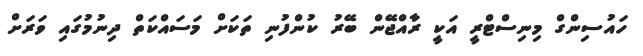
ހައުސިންގް މިނިސްޓްރީ އަކީ ރާއްޖޭން ބޭރު ކުންފުނި ތަކަށް މަސައްކަތް ދިނުމުގައި ވަރަށް